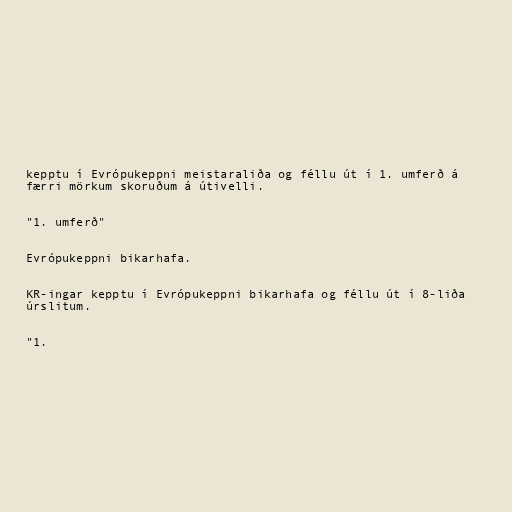
kepptu í Evrópukeppni meistaraliða og féllu út í 1. umferð á
færri mörkum skoruðum á útivelli.

"1. umferð"

Evrópukeppni bikarhafa.

KR-ingar kepptu í Evrópukeppni bikarhafa og féllu út í 8-liða
úrslitum.

"1.